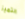
التميز